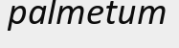
palmetum